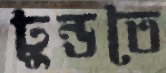
ঢুন্ডতে